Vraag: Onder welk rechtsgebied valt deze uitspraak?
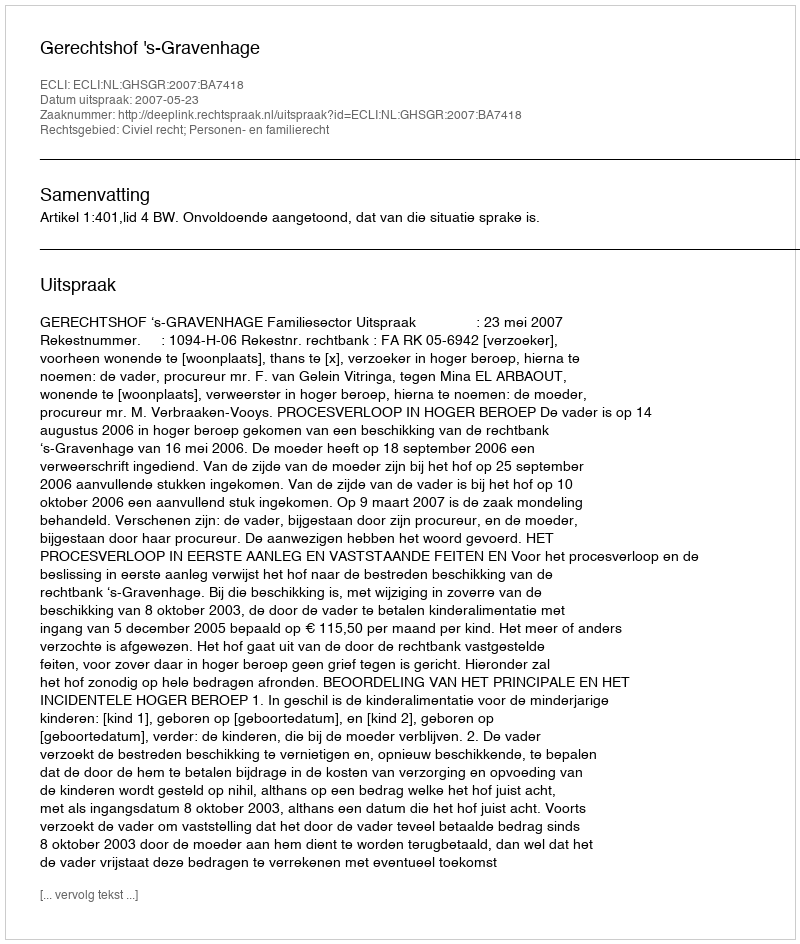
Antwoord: Civiel recht; Personen- en familierecht